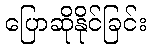
ပြောဆိုနိုင်ခြင်း